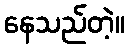
နေသည်တဲ့။